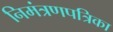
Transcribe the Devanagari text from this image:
निमंत्रणपत्रिका